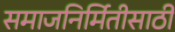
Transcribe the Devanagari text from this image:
समाजनिर्मितीसाठी